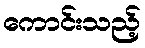
ကောင်းသည့်